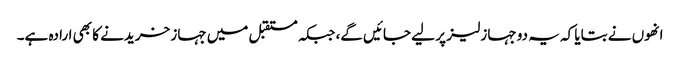
انھوں نے بتایا کہ یہ دو جہاز لیز پر لیے جائیں گے، جبکہ مستقبل میں جہاز خریدنے کا بھی ارادہ ہے۔